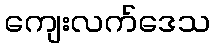
ကျေးလက်ဒေသ